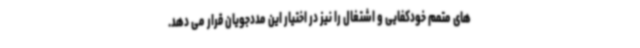
های متمم خودکفایی و اشتغال را نیز در اختیار این مددجویان قرار می دهد.